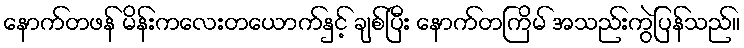
နောက်တဖန် မိန်းကလေးတယောက်နှင့် ချစ်ပြီး နောက်တကြိမ် အသည်းကွဲပြန်သည်။